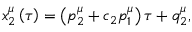
x _ { 2 } ^ { \mu } \left( \tau \right) = \left( p _ { 2 } ^ { \mu } + c _ { 2 } p _ { 1 } ^ { \mu } \right) \tau + q _ { 2 } ^ { \mu } ,